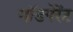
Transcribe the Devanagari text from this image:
गॉडपेरेंट